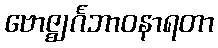
ဗောဇ္ဈင်္ဂဘာဝနာရတာ